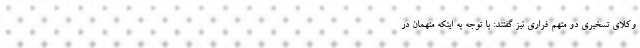
وکلای تسخیری دو متهم فراری نیز گفتند: با توجه به اینکه متهمان در